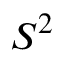
S ^ { 2 }